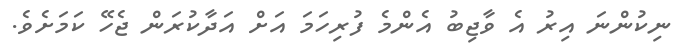
ނިކުންނަ އިރު އެ ވާޖިބު އެންމެ ފުރިހަމަ އަށް އަދާކުރަން ޖެހޭ ކަމަށެވެ.